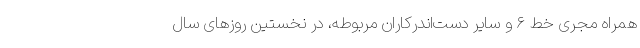
همراه مجری خط ۶ و سایر دست‌اندرکاران مربوطه، در نخستین روز‌های سال